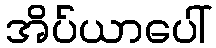
အိပ်ယာပေါ်